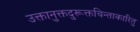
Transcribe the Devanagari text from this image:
उक्तानुक्तदुरूक्तचिन्ताकारितु